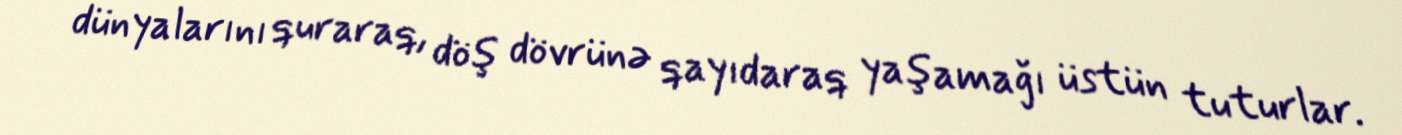
dünyalarını quraraq, döş dövrünə qayıdaraq yaşamağı üstün tuturlar.